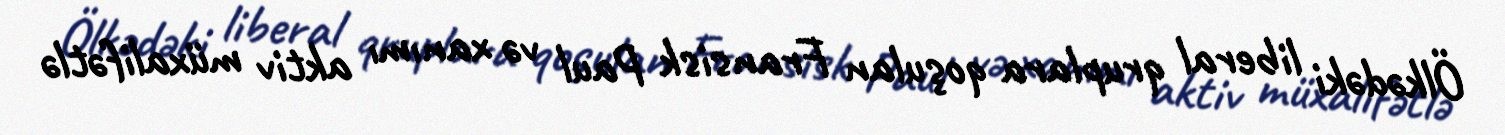
Ölkədəki liberal qruplara qoşulan Fransisk Paul və xanımı aktiv müxalifətlə